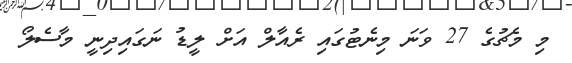
މި މެޗުގެ 27 ވަނަ މިނެޓުގައި ރެއާލް އަށް ލީޑު ނަގައިދިނީ މާސެލޯ